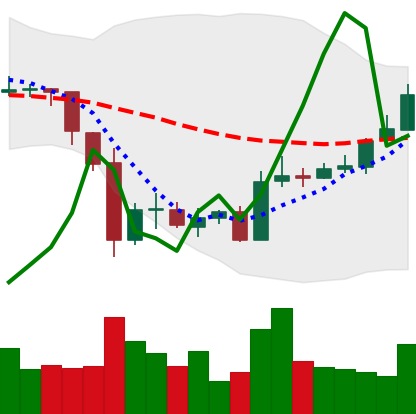
Ticker: BTC-USD
Chart end date: 2015-06-15
Forward return: 3.542%
Label: up_3_5